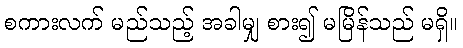
စကားလက် မည်သည့် အခါမျှ စား၍ မမြိန်သည် မရှိ။